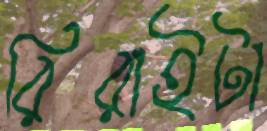
রিরাইটা